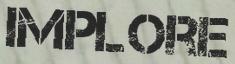
IMPLORE